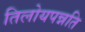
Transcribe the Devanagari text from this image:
तिलोयपन्नति